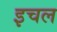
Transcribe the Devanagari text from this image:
इचल